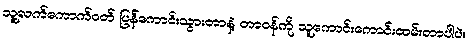
သူ့လက်ကောက်ဝတ် ပြန်ကောင်းသွားတာနဲ့ တာဝန်ကို သူကောင်းကောင်းထမ်းတာပါပဲ။